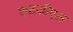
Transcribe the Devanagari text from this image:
एफजीएल